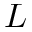
L